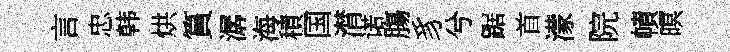
言忠韩烘篔潺海積国潸诺膓豸兮踞首濛院幘暝